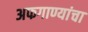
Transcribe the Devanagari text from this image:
अफगाण्यांचा